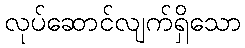
လုပ်ဆောင်လျက်ရှိသော